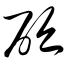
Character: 砭